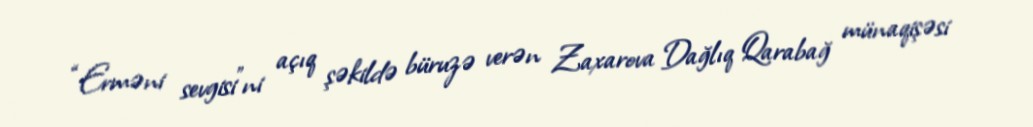
“Erməni sevgisi”ni açıq şəkildə büruzə verən Zaxarova Dağlıq Qarabağ münaqişəsi